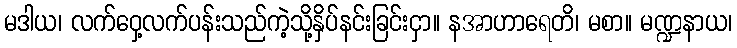
မဒါယ၊ လက်ဝှေ့လက်ပန်းသည်ကဲ့သို့နှိပ်နင်းခြင်းငှာ။ နအာဟာရေတိ၊ မစာ။ မဏ္ဍနာယ၊